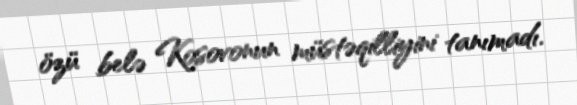
özü belə Kosovonun müstəqilliyini tanımadı.